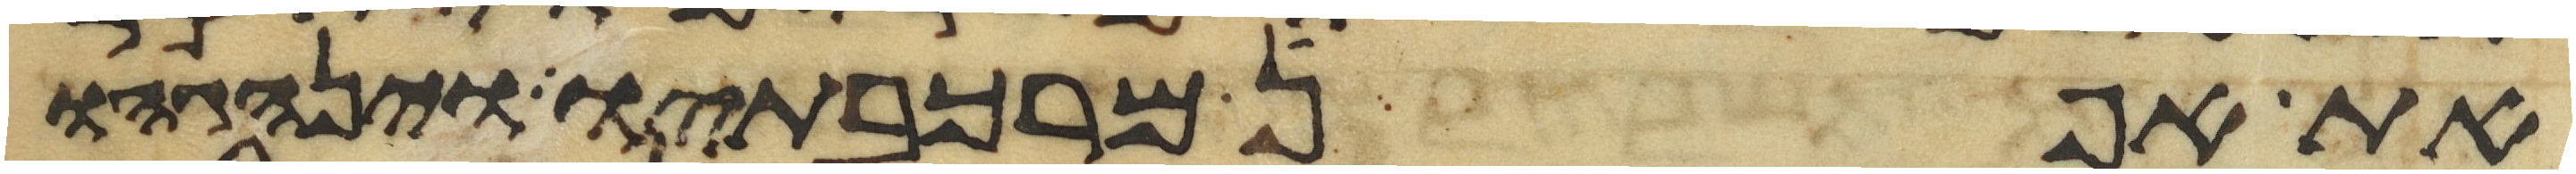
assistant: את אפן מרכבתיו וינהגהו